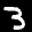
Label: 3